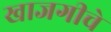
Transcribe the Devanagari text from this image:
खाजगीचे